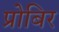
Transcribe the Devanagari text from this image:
प्रोबिर